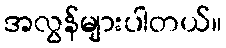
အလွန်များပါတယ်။